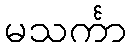
မသင်္ကာ